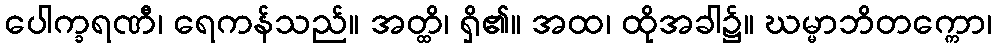
ပေါက္ခရဏီ၊ ရေကန်သည်။ အတ္ထိ၊ ရှိ၏။ အထ၊ ထိုအခါ၌။ ဃမ္မာဘိတက္ကော၊